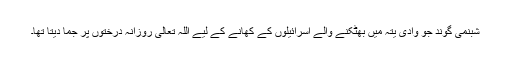
شبنمی گوند جو وادی یتہ میں بھٹکنے والے اسرائیلوں کے کھانے کے لیے اللہ تعالیٰ روزانہ درختوں پر جما دیتا تھا۔